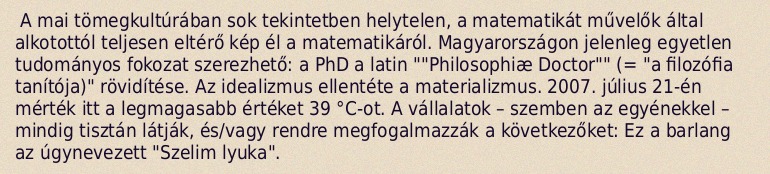
A mai tömegkultúrában sok tekintetben helytelen, a matematikát művelők által alkotottól teljesen eltérő kép él a matematikáról. Magyarországon jelenleg egyetlen tudományos fokozat szerezhető: a PhD a latin ""Philosophiæ Doctor"" (= "a filozófia tanítója)" rövidítése. Az idealizmus ellentéte a materializmus. 2007. július 21-én mérték itt a legmagasabb értéket 39 °C-ot. A vállalatok – szemben az egyénekkel – mindig tisztán látják, és/vagy rendre megfogalmazzák a következőket: Ez a barlang az úgynevezett "Szelim lyuka".